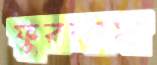
ফুরলাম